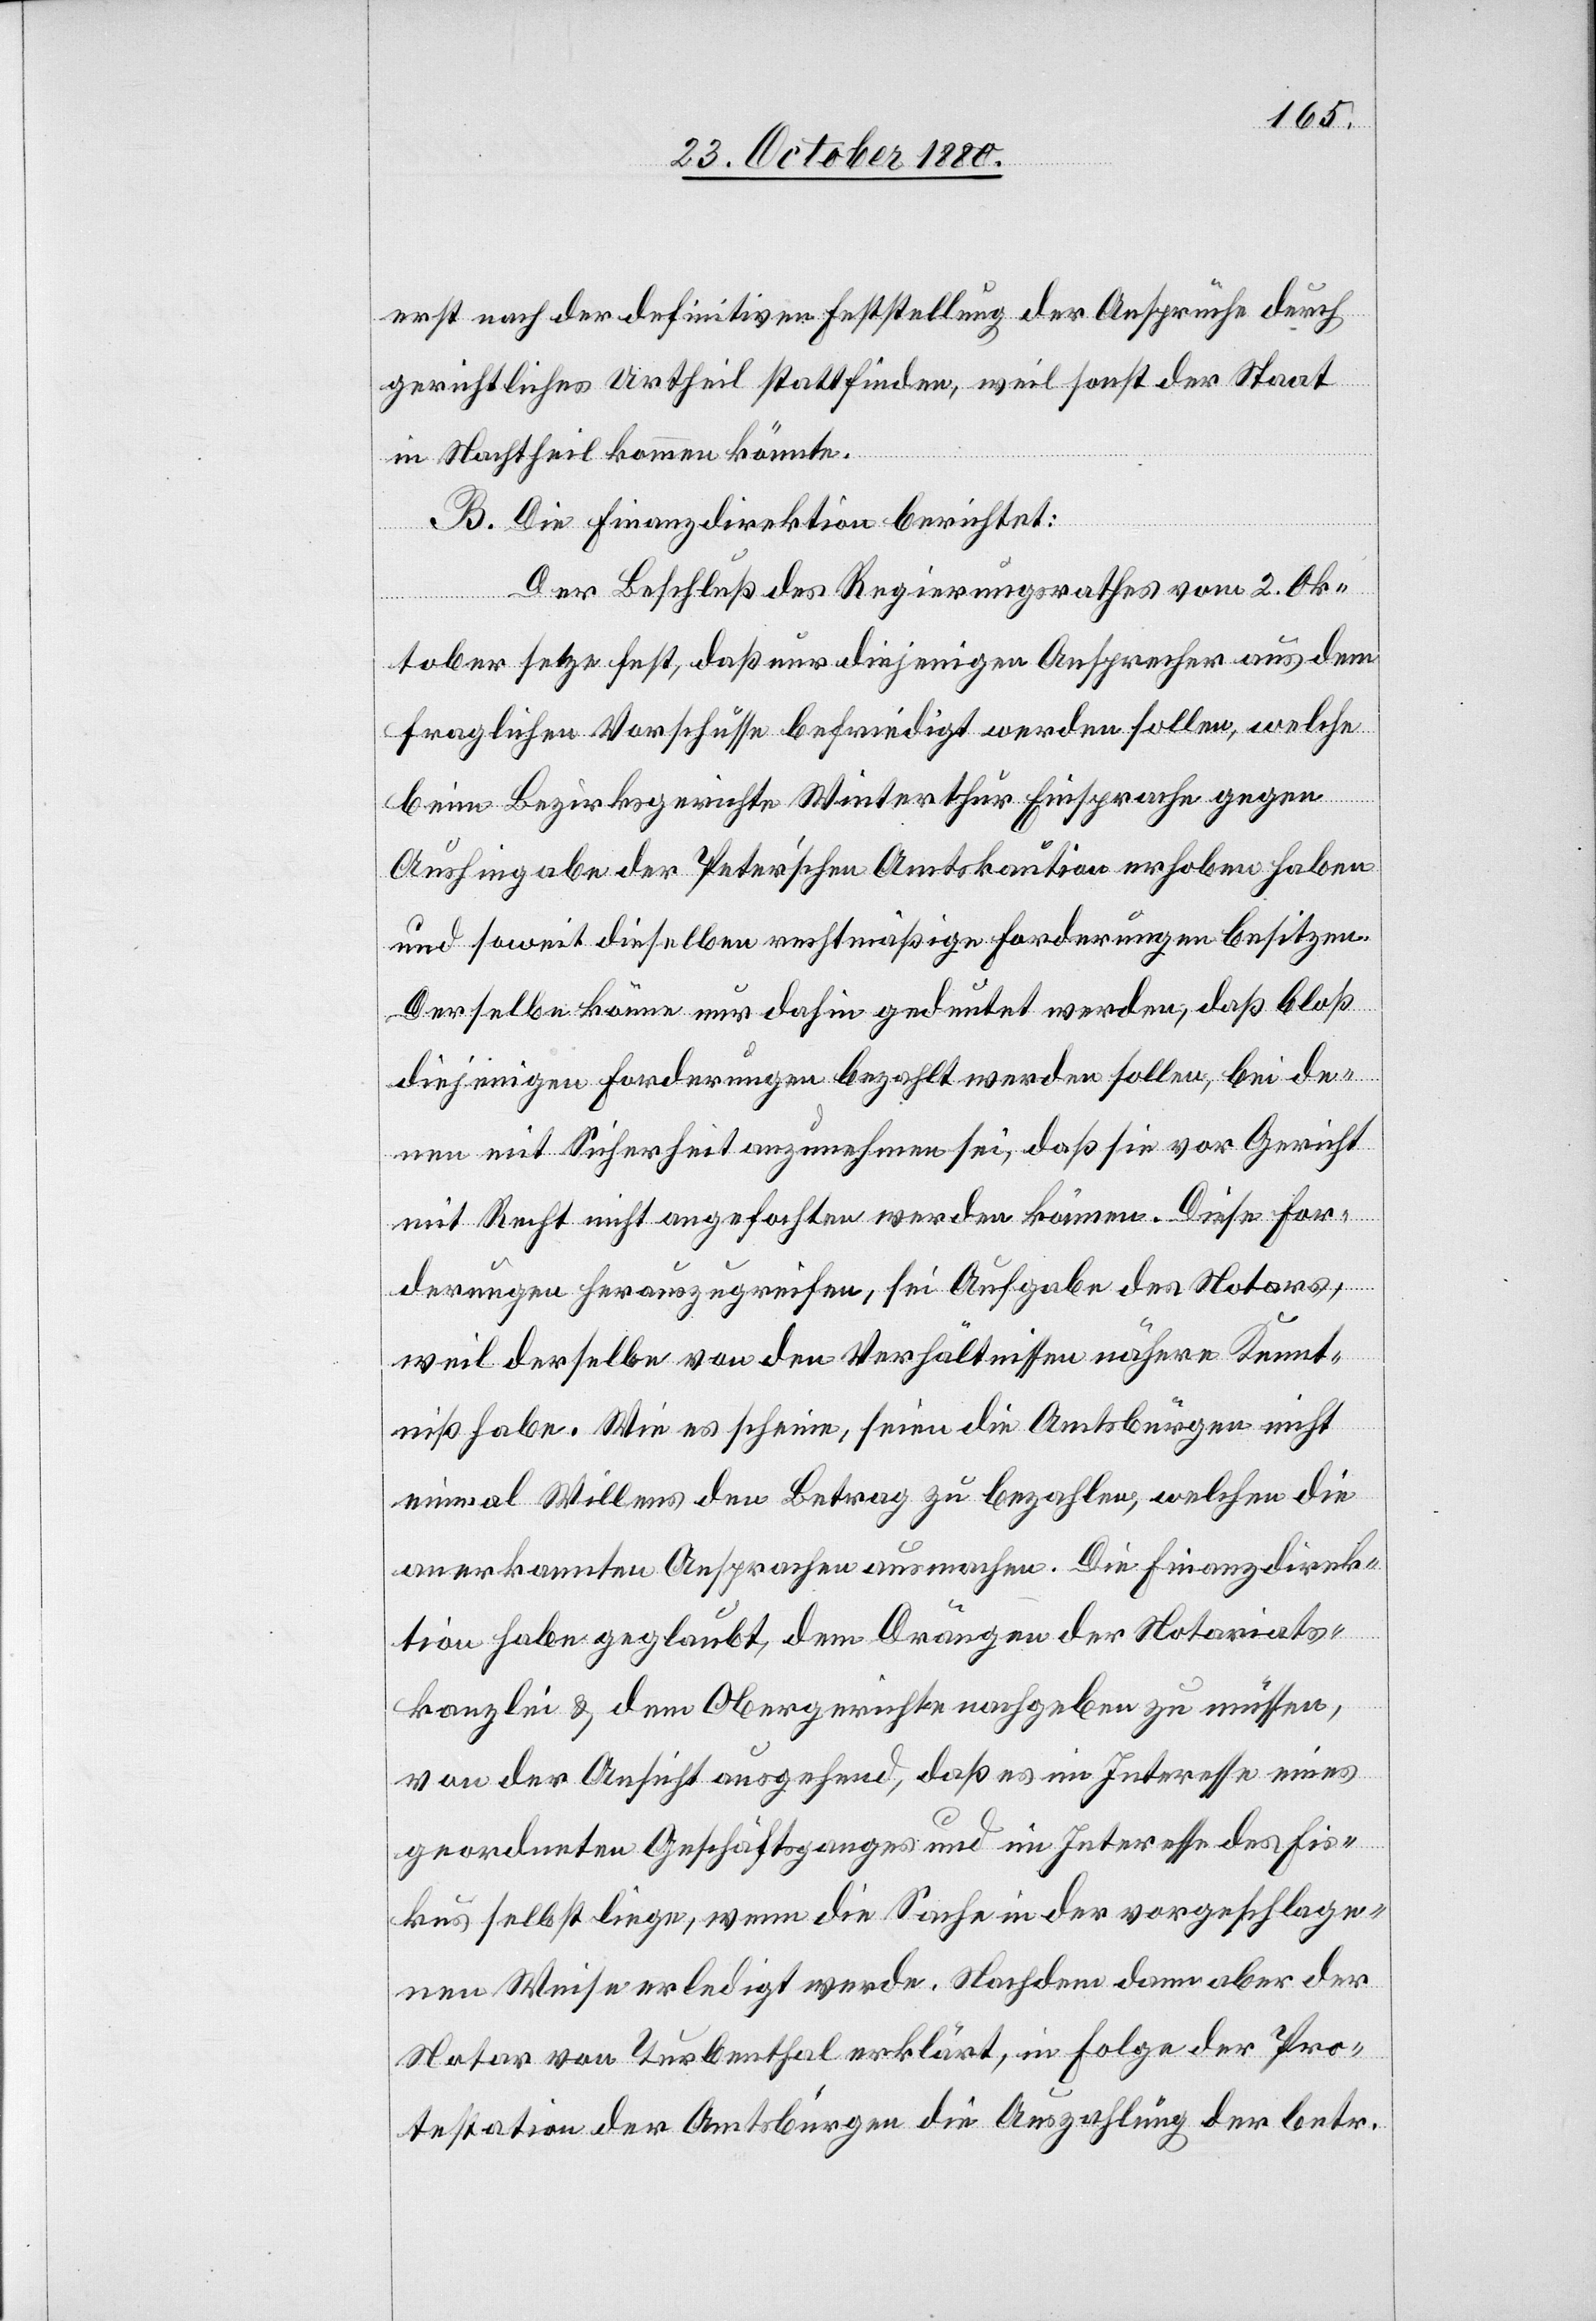
erst nach der definitiven Feststellung der Ansprüche durch
gerichtliches Urtheil stattfinden, weil sonst der Staat
in Nachtheil kommen könnte.
B. Die Finanzdirektion berichtet:
Der Beschluß des Regierungsrathes vom 2. Ok¬
tober setze fest, daß nur diejenigen Ansprecher aus dem
fraglichen Vorschusse befriedigt werden sollen, welche
beim Bezirksgerichte Winterthur Einsprache gegen
Aushingabe der Peter’schen Amtskaution erhoben haben
und soweit dieselben rechtsmäßige Forderungen besitzen.
Derselbe könne nur dahin gedeutet werden, daß bloß
diejenigen Forderungen bezahlt werden sollen, bei de¬
nen mit Sicherheit anzunehmen sei, daß sie vor Gericht
mit Recht nicht angefochten werden können. Diese For¬
derungen herauszugreifen, sei Aufgabe des Notars,
weil derselbe von den Verhältnissen nähere Kennt¬
iß habe. Wie es scheine, seien die Amtsbürgen nicht
einmal Willens den Betrag zu bezahlen, welchen die
anerkannten Ansprachen ausmachen. Die Finanzdirek¬
tion habe geglaubt, dem Drängen der Notariats¬
kanzlei & dem Obergerichte nachgeben zu müssen,
von der Ansicht ausgehend, daß es im Interesse eines
geordneten Geschäftsganges und im Interesse des Fis¬
kus selbst liege, wenn die Sache in der vorgeschlage¬
nen Weise erledigt werde. Nachdem dann aber der
Notar von Turbenthal erklärt, in Folge der Pro¬
testation der Amtsbürgen die Auszahlung der betr.